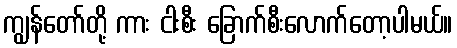
ကျွန်တော်တို့ ကား ငါးစီး ခြောက်စီးလောက်တော့ပါမယ်။